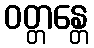
ဝတ္တန္တေ